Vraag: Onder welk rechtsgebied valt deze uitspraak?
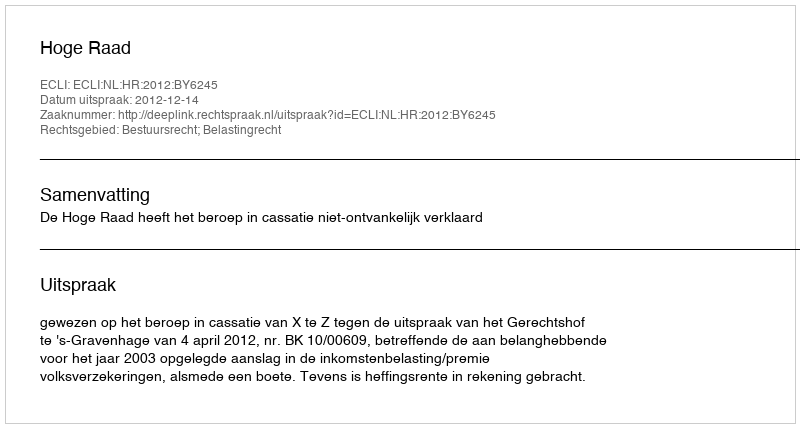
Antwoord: Bestuursrecht; Belastingrecht